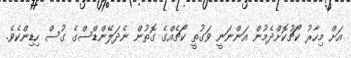
އަށް މިހާރު ކޯޗުކޮށްދެމުން އަންނަނީ ވަގުތީ ކޯޗެއްގެ ގޮތުން ނެދަލޭންޑްސްގެ ގުސް ހިޑިންކެވެ.